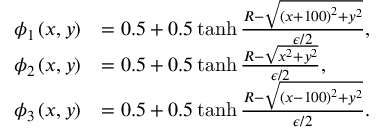
\begin{array} { r l } { \phi _ { 1 } \left( x , y \right) } & { = 0 . 5 + 0 . 5 \operatorname { t a n h } \frac { R - \sqrt { \left( x + 1 0 0 \right) ^ { 2 } + y ^ { 2 } } } { \epsilon / 2 } , } \\ { \phi _ { 2 } \left( x , y \right) } & { = 0 . 5 + 0 . 5 \operatorname { t a n h } \frac { R - \sqrt { x ^ { 2 } + y ^ { 2 } } } { \epsilon / 2 } , } \\ { \phi _ { 3 } \left( x , y \right) } & { = 0 . 5 + 0 . 5 \operatorname { t a n h } \frac { R - \sqrt { \left( x - 1 0 0 \right) ^ { 2 } + y ^ { 2 } } } { \epsilon / 2 } . } \end{array}